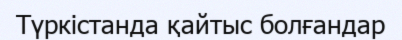
Түркістанда қайтыс болғандар